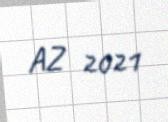
AZ 2021